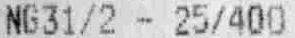
NG31/2 - 25/400